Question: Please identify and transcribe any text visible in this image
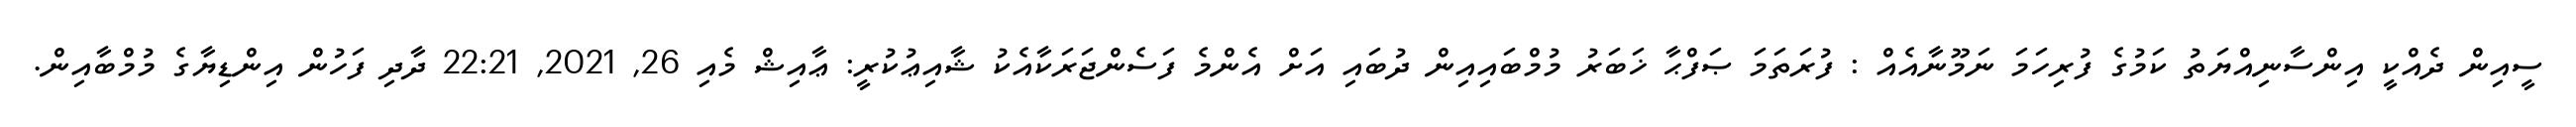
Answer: ސީއިން ދެއްކީ އިންސާނިއްޔަތު ކަމުގެ ފުރިހަމަ ނަމޫނާއެއް : ފުރަތަމަ ޞަފްޙާ ޚަބަރު މުމްބައިއިން ދުބައި އަށް އެންމެ ފަސެންޖަރަކާއެކު ޝާއިޢުކުރީ: ޢާއިޝް މެއި 26, 2021, 22:21 ދާދި ފަހުން އިންޑިޔާގެ މުމްބާއިން.